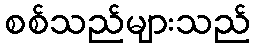
စစ်သည်များသည်